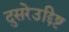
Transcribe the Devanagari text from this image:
दुसरेउद्दिष्ट